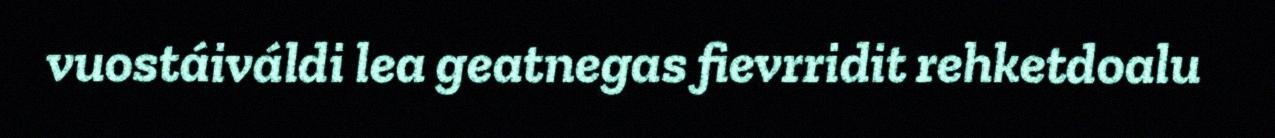
vuostáiváldi lea geatnegas fievrridit rehketdoalu